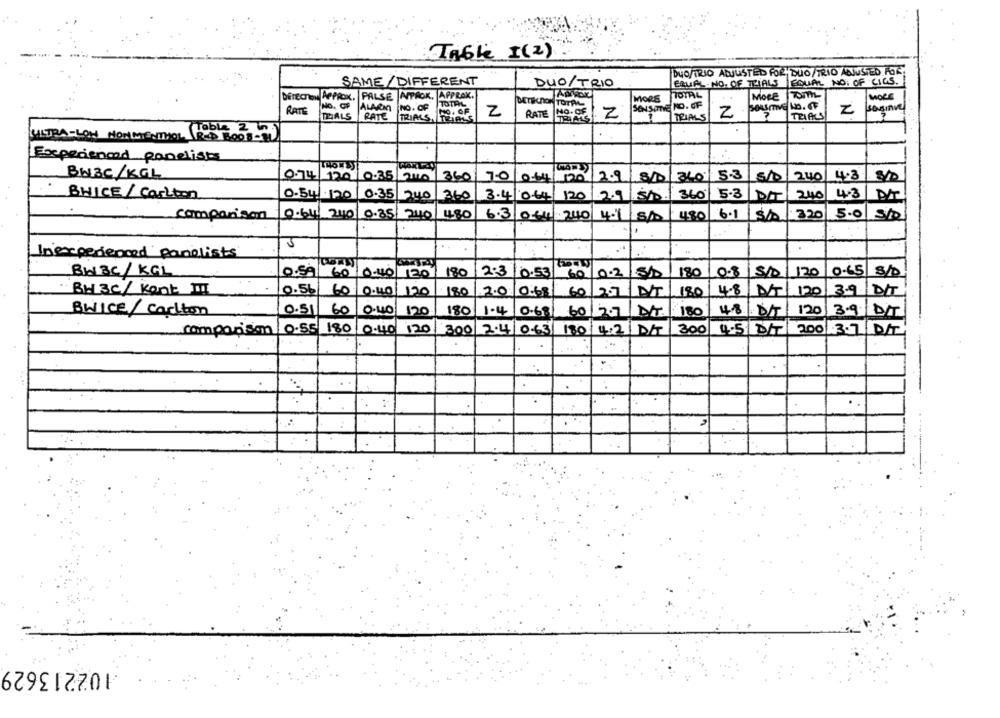
Inble I(2)
DUO/TRIO ADJUSTED FOR DUO/TRIO ADJUSTED FOR
SAME/ DIFFERENT
DUO/ TRIO
EQUAL. NO. OF TRIALS EQUAL NO: OF CICS.
TOTAL
Moce 7om
DETECTION APPROX. PALSE APPROK, APPROK.
MORE
MORE
No. OF ALARM
NO. OF
TOTAL
SENSITIVE NO. OF
RATE
2
RATE
NO.SE Z
Z
TRIALS
Z
sagenve
THALS PATE
TRIALS TRIALS
TRIALS
ULTRA-LOW NONMENTHOL
Experienced panelists
BW3C/KGL
0.744 1200-35 240
360 70 0-444 120
12.9
810
3401
510
240
4.3
240
BHICE/ carlton
0.54/120/ 0.35 240 360
3.4/064 120
360
5.3 0
4.3
comparison
0.641 240/ 0.35/ 240 480
6.3 064 240
480
3,20
5.0 Sto
4.1/5/0
Inexperienced panelists
BW3C/KGL
60 0-40 1201
180
2.3
0.53
0.2 S.
180
120
60
0.2
0-8
S/D
0-65 8/D
BH 3C/ Kant I
0.56
60
Q.40 120
180
2.0
0.68
60
SENT
2.7
AT
180
4.8
120
3.9 DIT
BWICE/ Carton
0.51
60
120
180
1.4
0.68
60
207
Dr.
180
4.8/
120
3.9 DT
comparison/ 0.55 180|0.40
120
300 2.4/0.63| 180/4.21 D/T
300
4.5 8/ 200 .3.7 DIT
102213629